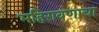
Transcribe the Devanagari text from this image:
महिरावणाचा